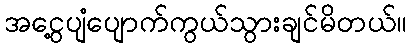
အငွေ့ပျံပျောက်ကွယ်သွားချင်မိတယ်။